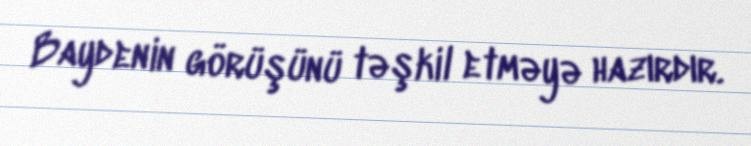
Baydenin görüşünü təşkil etməyə hazırdır.